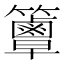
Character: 𥷦